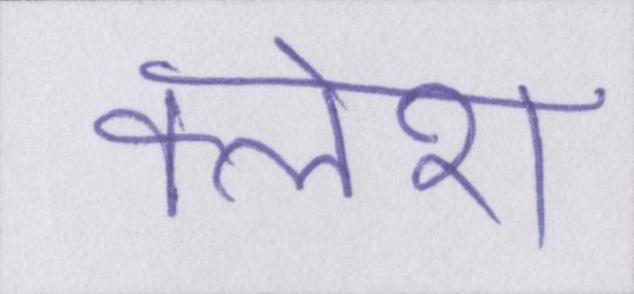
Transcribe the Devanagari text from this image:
क्लेश